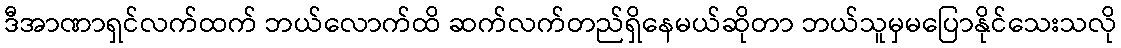
ဒီအာဏာရှင်လက်ထက် ဘယ်လောက်ထိ ဆက်လက်တည်ရှိနေမယ်ဆိုတာ ဘယ်သူမှမပြောနိုင်သေးသလို